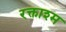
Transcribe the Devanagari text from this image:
रक्ताश्म